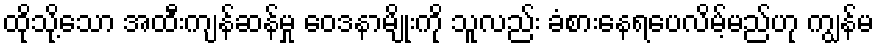
ထိုသို့သော အထီးကျန်ဆန်မှု ဝေဒနာမျိုးကို သူလည်း ခံစားနေရပေလိမ့်မည်ဟု ကျွန်မ